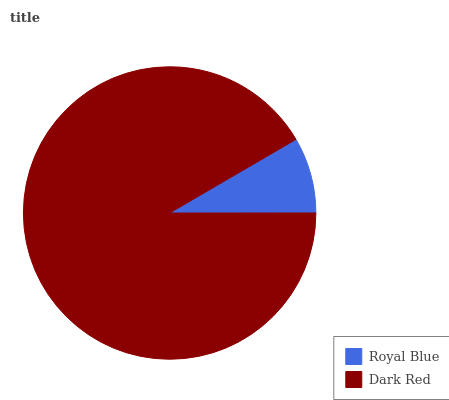
| Royal Blue | Dark Red |
 | --- | --- |
 | 8.38% | 91.6% |